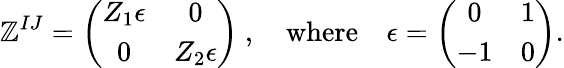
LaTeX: \mathbb{Z}^{IJ}=\left(\begin{array}{cc}{{Z_{1}\epsilon}}&{{0}}\\ {{0}}&{{Z_{2}\epsilon}}\end{array}\right)\ ,\quad\mathrm{{where}}\quad\epsilon=\left(\begin{array}{cc}{{0}}&{{1}}\\ {{-1}}&{{0}}\end{array}\right).